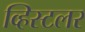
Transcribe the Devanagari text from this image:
व्हिस्टलर